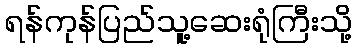
ရန်ကုန်ပြည်သူ့ဆေးရုံကြီးသို့